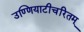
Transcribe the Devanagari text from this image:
उण्णियाटीचरितम्